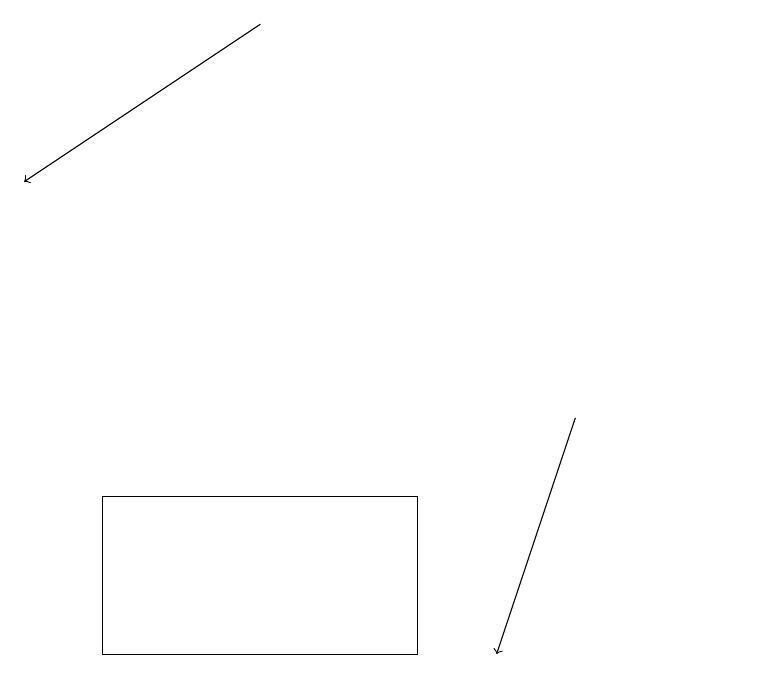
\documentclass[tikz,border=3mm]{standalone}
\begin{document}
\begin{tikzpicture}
\draw[->] (5,18) -- (2,16);
\draw (11,10) circle (0);
\draw (7,10) rectangle (3,12);
\draw[->] (9,13) -- (8,10);
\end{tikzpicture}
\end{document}